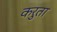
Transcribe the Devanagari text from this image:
करुता